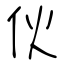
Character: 伙